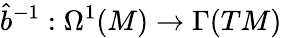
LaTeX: \hat{b}^{-1}:\Omega^{1}(M)\to\Gamma(TM)